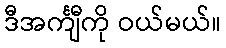
ဒီအင်္ကျီကို ဝယ်မယ်။